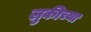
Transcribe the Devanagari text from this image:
लुकीच्या